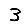
Digit: 3